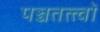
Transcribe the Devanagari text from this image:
पञ्चतत्त्वों